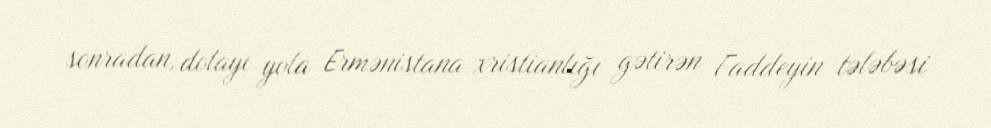
sonradan, dolayı yola Ermənistana xristianlığı gətirən Faddeyin tələbəsi